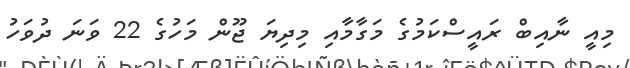
މިއީ ނާއިބް ރައީސްކަމުގެ މަގާމާއި މިދިޔަ ޖޫން މަހުގެ 22 ވަނަ ދުވަހު